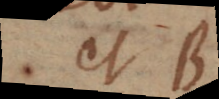
B et B